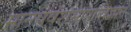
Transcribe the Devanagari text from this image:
मानववंशभाषाविज्ञान